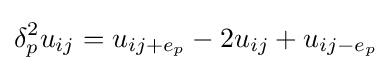
\delta _{p}^{2}u_{ij}=u_{ij+e_{p}}-2u_{ij}+u_{ij-e_{p}}